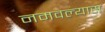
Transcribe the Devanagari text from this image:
नमवल्यास